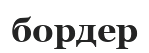
бордер